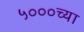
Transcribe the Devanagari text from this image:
५०००च्या